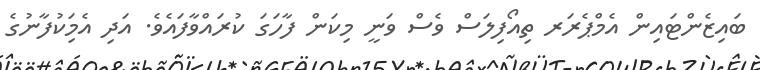
ބައިޒެންޓައިން އެމްޕެރަރ ތިއޯފިލަސް ވެސް ވަނީ މިކަން ފާހަގަ ކުރައްވާފައެވެ. އަދި އެމަިކުފާނުގެ